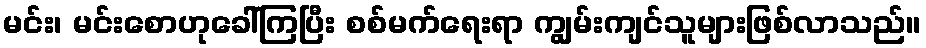
မင်း၊ မင်းစောဟုခေါ်ကြပြီး စစ်မက်ရေးရာ ကျွမ်းကျင်သူများဖြစ်လာသည်။